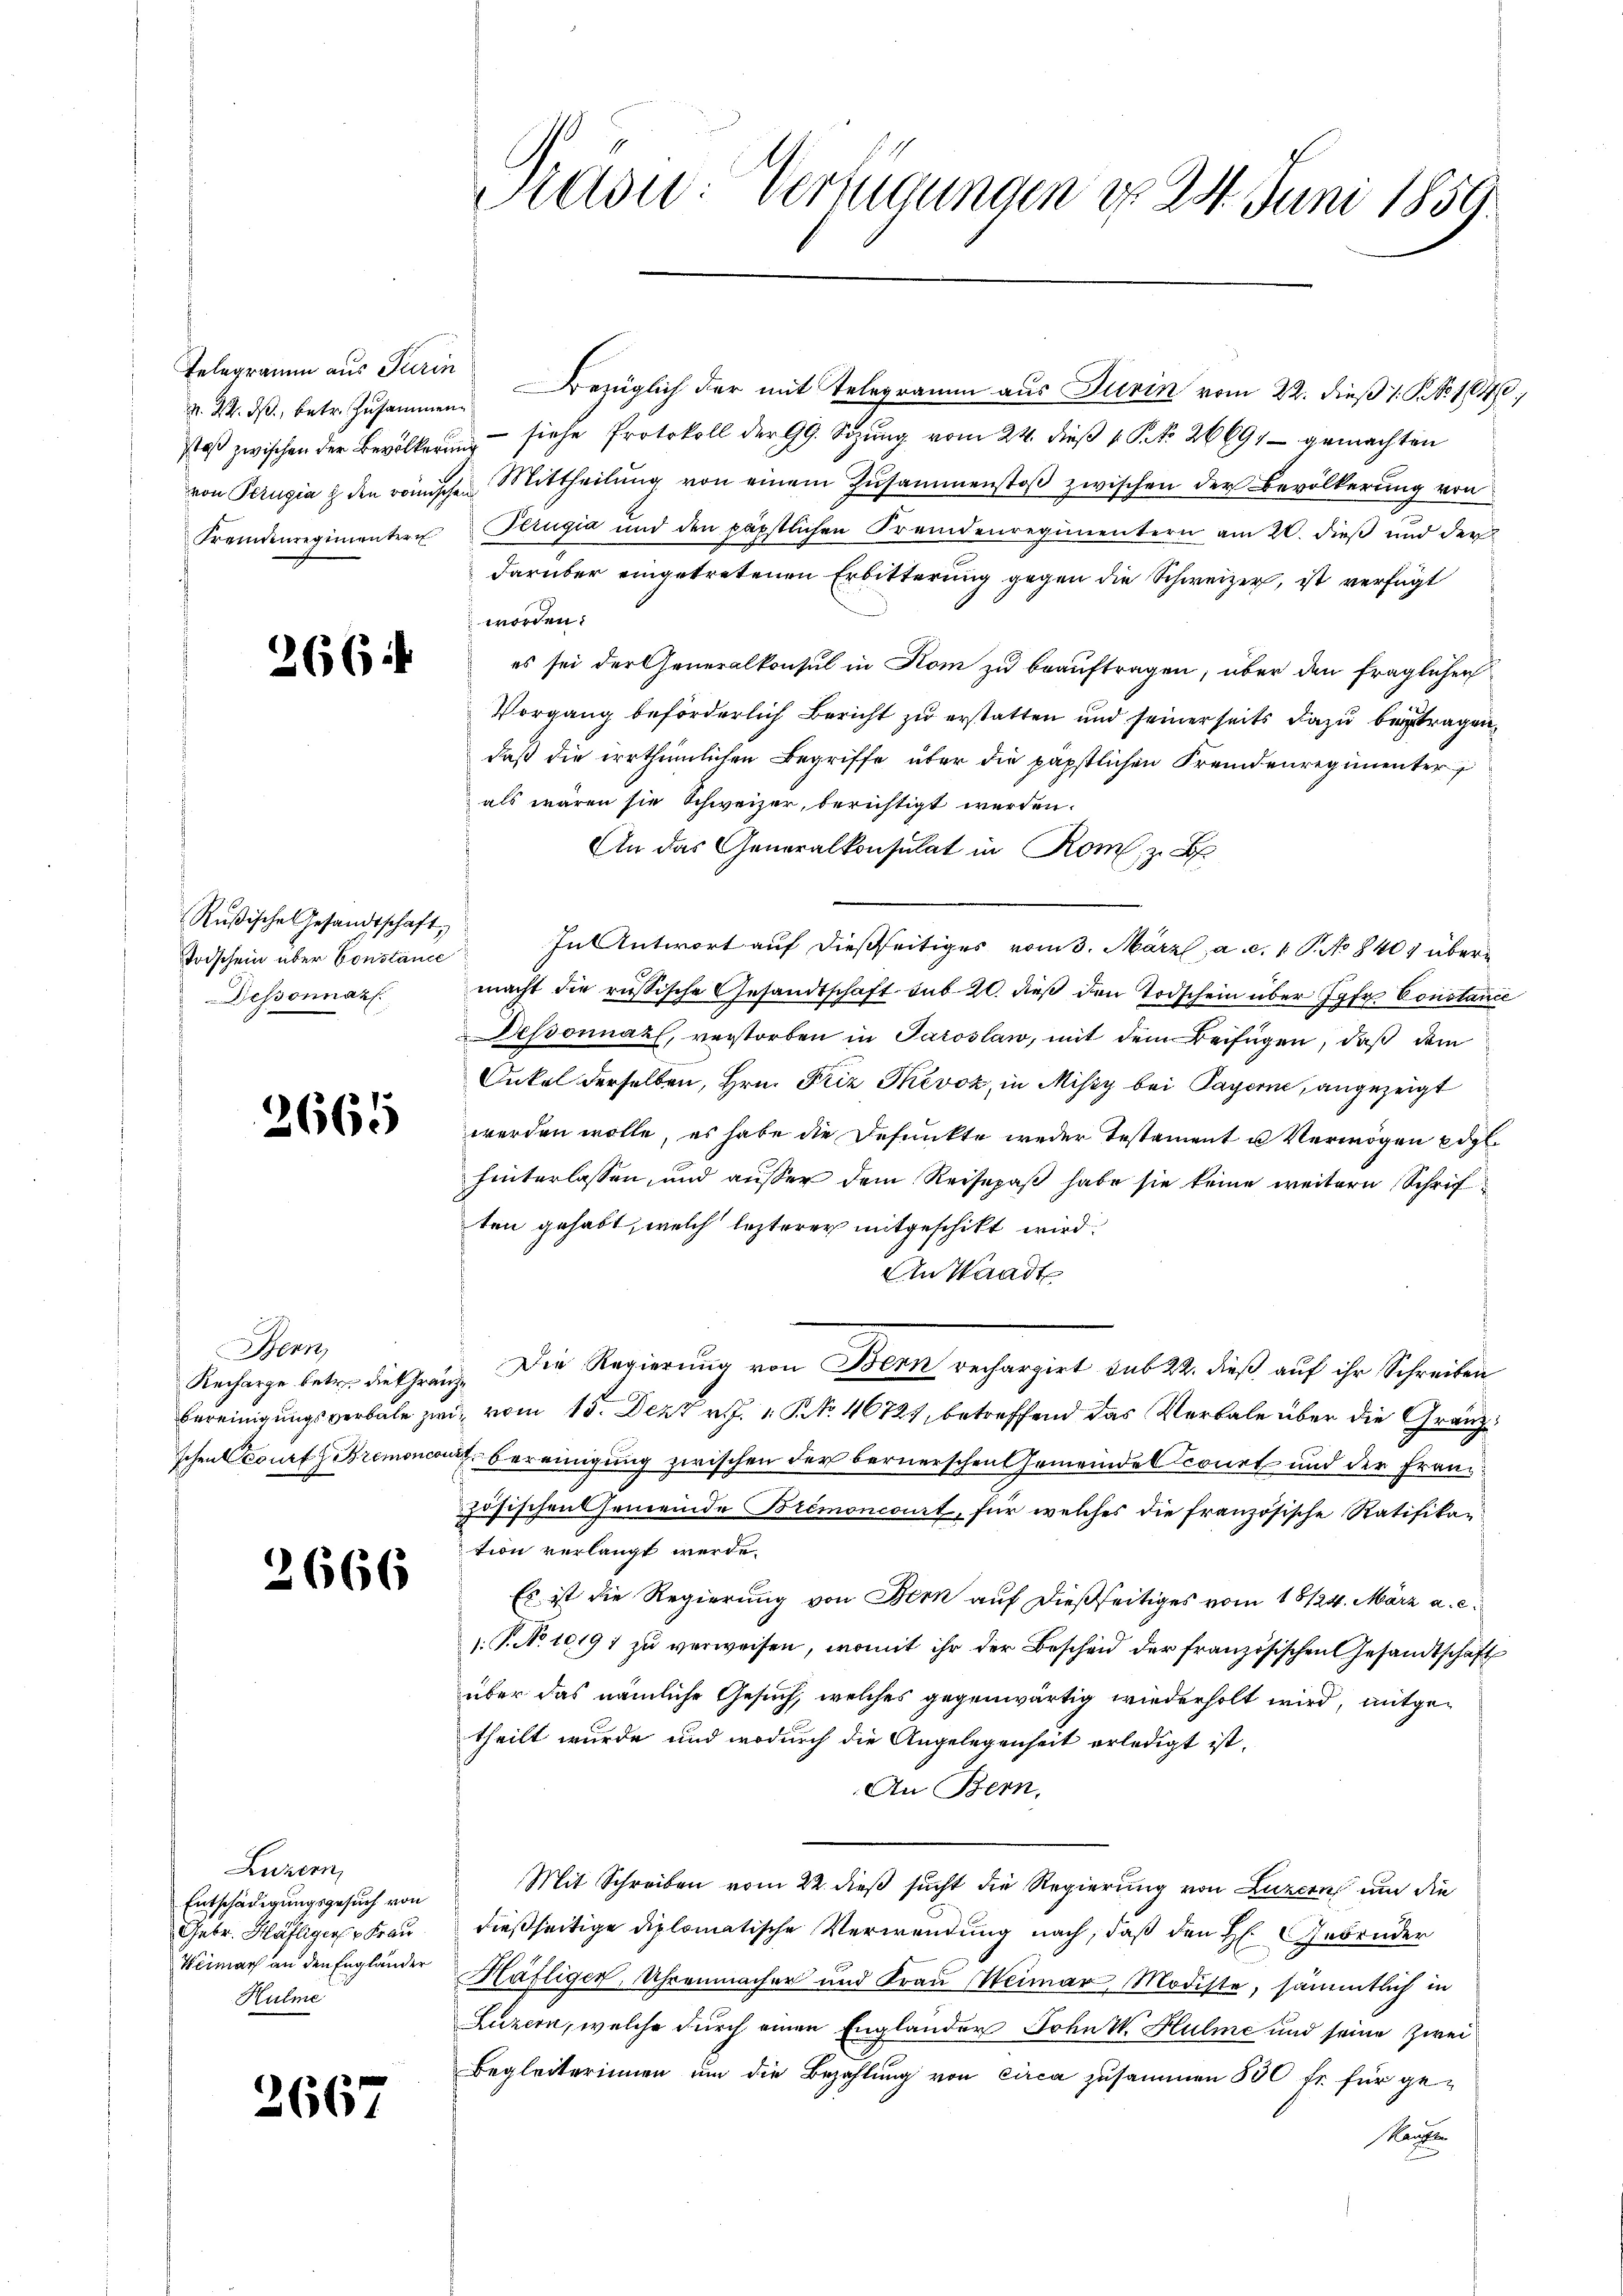
N. 24. ds., betr. Zusammen

2664

Rußische Gesandtschaft,
Todschein über Constance
Dessonnaz.

2665

Bern,
Recharge betr. die franz¬

2666

Luzern,
Entschädigungsgesuch von
Hulme

2667

Telegramm aus Turin Bezüglich der mit Telegramm aus Turin vom 22. dieß 1. P. Nr. 1840,
stoß zwischen der Bevölkerung siehe Protokoll der 99. Sizŭng vom 24. dieβ 1 S. 26691 gemachten
von Perugia u den römischen Mittheilŭng von einem Zusammenstoβ zwischen der Bevölkerung von
Fremdenregimentern Trugia und den päpstlichen Fremdenregimentern am 20. dieβ und der
darüber eingetretenen Erbitterung gegen die Schweizer, ist verfügt
worden.
es sei der Generalkonsul in Kom zu beauftragen; über den fraglichen
Vorgang beförderlich Bericht zu erstatten und seinerseits dazu betragen,
daß die irrthümlichen Begriffe über die päpstlichen Fremdenregimenter
als wären sie Schweizer, berichtigt werden.
An das Generalkonsulat in Rom, z. B.
In Antwort auf dießseitiges vom 3. März a. c. 1 P. No 840 über
macht die russische Gesandtschaft sub 20. dieß den Todschein über Jahr Constance
Dessonnaz, verstorben in Paroslaw, mit dem Beifügen, daß dem
Onkel derselben, Hrn. Friz Tkevoz, in Missy bei Payerne, angezeigt
werden wolle, es habe die Defunkte weder Testament u Vermögen Edel.
hinterlassen, und außer dem Reisepaß habe sie keine weitern Schriften gehabt, welch lezterer mitgeschikt wird.
An Waadt
Die Regierung von Bern rechargirt sub 22. dieß auf ihr Schreiben
bereinigungsverbale zwei vom 15. Dezt v. J. No. 46727, betreffend das Verbale über die Gränzschen Court zutremoncourt bereinigung zwischen der bernerschen Gemeinde Oconet und der Franzzösischen Gemeinde Bremoncourt, für welches die französische Ratifika-
tion verlangt werde.
Es ist die Regierung von Bern auf dießseitiges vom 18124. März a. c.
: P. Nr. 1019 zŭ verweisen, womit ihr der Bescheid der französischen Gesandtschaft
über das nämliche Gesuch, welches gegenwärtig wiederholt wird, mitgetheilt wurde und wodurch die Angelegenheit erledigt ist.
An Bern,
Mit Schreiben vom 22. dieß sucht die Regierung von Luzern um die
Gebr. Häfliger Frau dießseitige diplomatische Verwendung nach, daß den H: Gebrüder
Weimar an den Engländer Häfligen, Uhrenmacher und Frau Weimar, Modiste, sämmtlich in
Luzern, welche durch einen Englander Frkutt. Hulme und seine Zwei¬
Begleiterinnen ŭm die Bezahlung von circa zusammen 500 fr. für ge¬
Kande

Adou: Verfügungen d. 24. Juni 1859